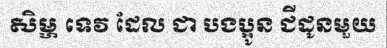
សិម្ហ ទេវ ដែល ជា បងប្អូន ជីដូនមួយ